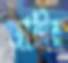
জারীর